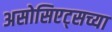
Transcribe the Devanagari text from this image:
असोसिएट्सच्या